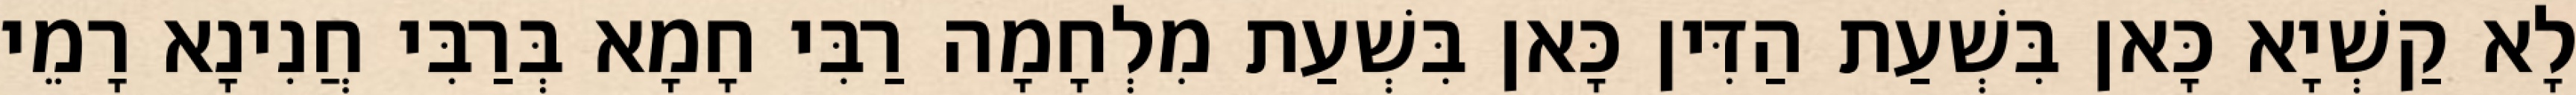
לָא קַשְׁיָא כָּאן בִּשְׁעַת הַדִּין כָּאן בִּשְׁעַת מִלְחָמָה רַבִּי חָמָא בְּרַבִּי חֲנִינָא רָמֵי